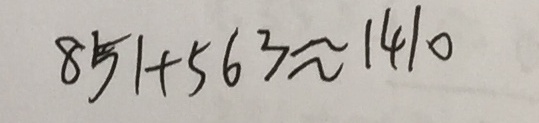
8 5 1 + 5 6 3 \approx 1 4 1 0